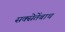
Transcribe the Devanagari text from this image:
सक्सेतेंबाच